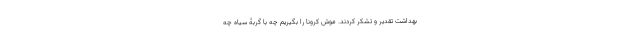
بهداشت تقدیر و تشکر کردند. موش کرونا را بگیریم چه با گربۀ سیاه چه